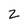
Character: Z